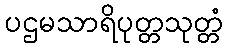
ပဌမသာရိပုတ္တသုတ္တံ